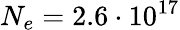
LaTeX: N_{e}=2.6\cdot 10^{17}